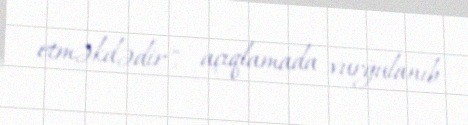
etməkdədir", - açıqlamada vurğulanıb.